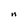
Character: n